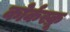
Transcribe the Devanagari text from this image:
कोर्कस्क्रू